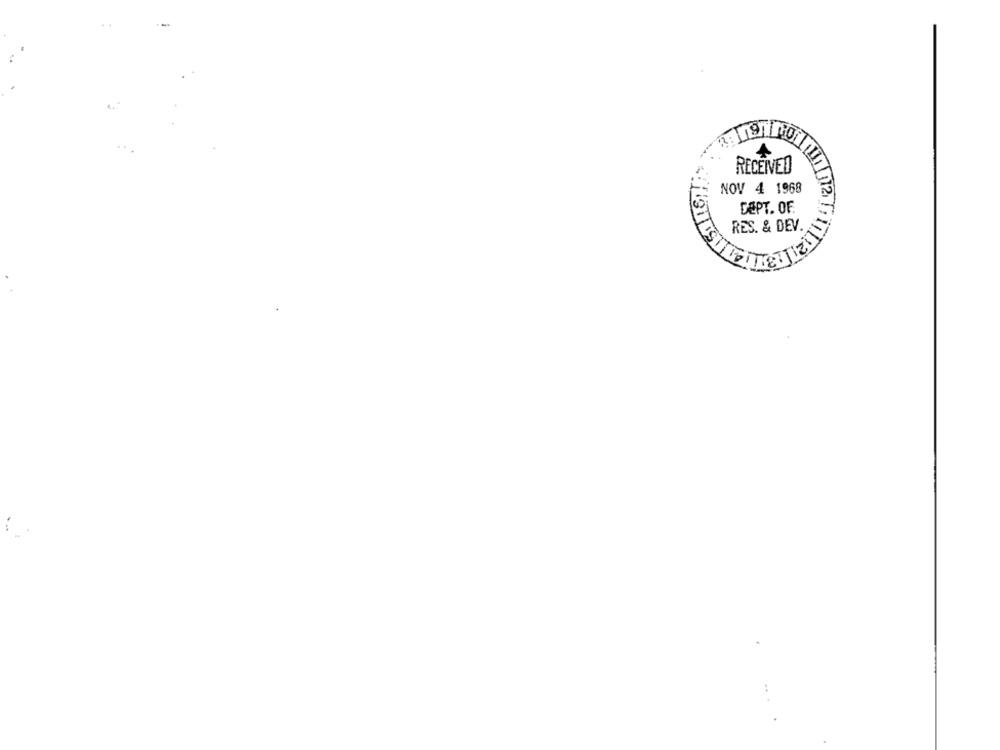
RECEIVED
NOV 4 1968
DEPT. OF
RES. & DEV